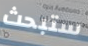
ستبحث